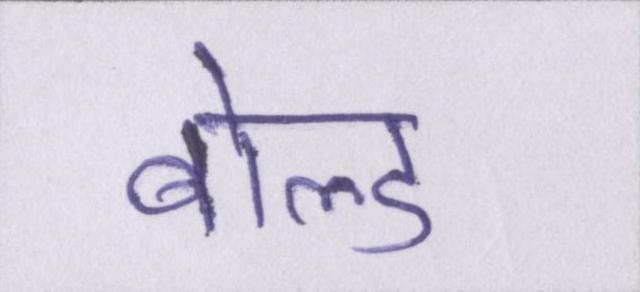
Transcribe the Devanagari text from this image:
बोल्ड